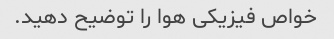
خواص فیزیکی هوا را توضیح دهید.